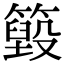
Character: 𥵓